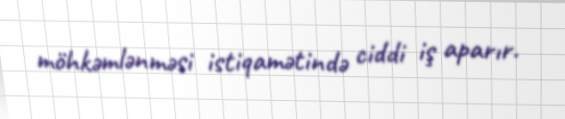
möhkəmlənməsi istiqamətində ciddi iş aparır.